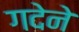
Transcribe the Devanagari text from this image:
गदेने